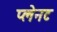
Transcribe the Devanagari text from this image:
प्लेनट